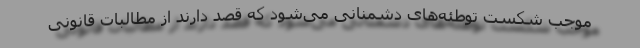
موجب شکست توطئه‌های دشمنانی می‌شود که قصد دارند از مطالبات قانونی